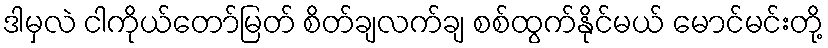
ဒါမှလဲ ငါကိုယ်တော်မြတ် စိတ်ချလက်ချ စစ်ထွက်နိုင်မယ် မောင်မင်းတို့